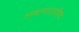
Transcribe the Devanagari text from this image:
संस्थागतअपशिष्ट